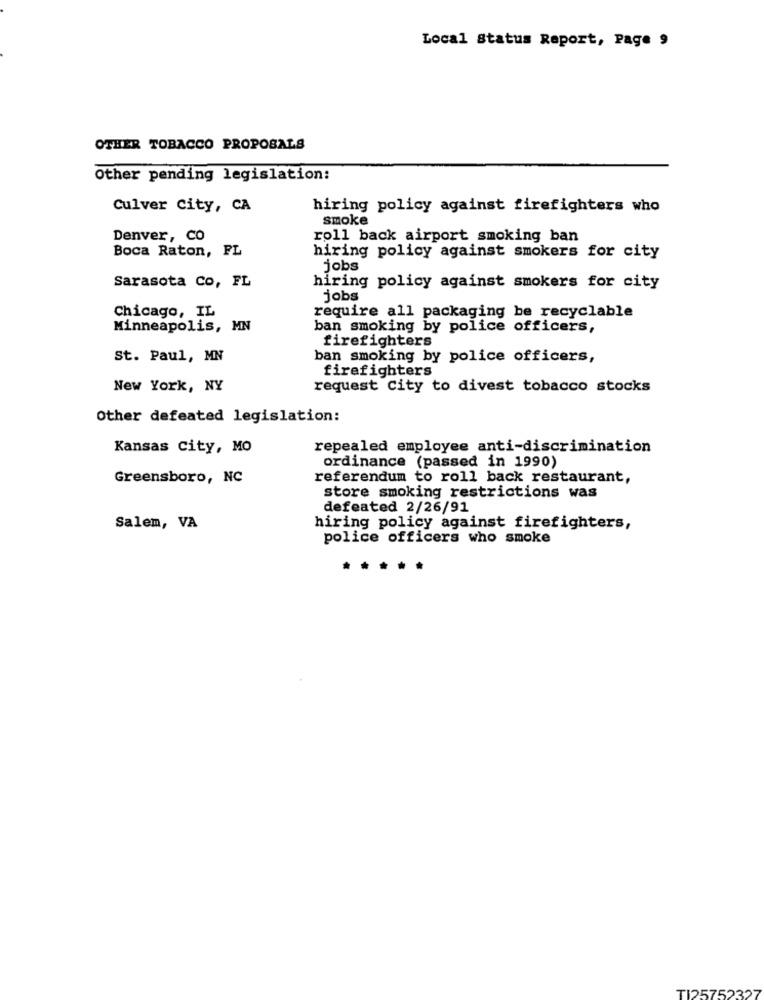
Local Status Report, Page 9
OTHER TOBACCO PROPOSALS
Other pending legislation:
Culver City, CA
hiring policy against firefighters who
smoke
Denver, CO
roll back airport smoking ban
Boca Raton, FL
hiring policy against smokers for city
jobs
Sarasota Co, FL
hiring policy against smokers for city
jobs
Chicago, IL
require all packaging be recyclable
Minneapolis, MN
ban smoking by police officers,
firefighters
St. Paul, MN
ban smoking by police officers,
firefighters
New York, NY
request City to divest tobacco stocks
Other defeated legislation:
Kansas City, MO
repealed employee anti-discrimination
ordinance (passed in 1990)
Greensboro, NC
referendum to roll back restaurant,
store smoking restrictions was
defeated 2/26/91
Salem, VA
hiring policy against firefighters,
police officers who smoke
TI25752327